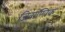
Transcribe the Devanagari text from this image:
जिवाण्विक